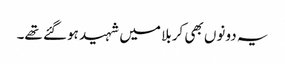
یہ دونوں بھی کربلا میں شہید ہوگئے تھے۔